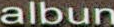
albun